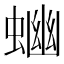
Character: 𧍘